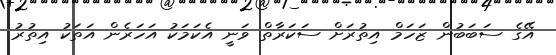
އޭގެ ސަބަބުން ޒަހަމް އިތުރަށް ސަކަރާތް ވަނީ އެކަމަކު އަހަރެން އަތަކު އިތުރު